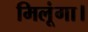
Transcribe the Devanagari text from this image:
मिलूंगा।